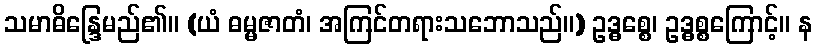
သမာဓိန္ဒြေမည်၏။ (ယံ ဓမ္မဇာတံ၊ အကြင်တရားသဘောသည်။) ဥဒ္ဓစ္စေ၊ ဥဒ္ဓစ္စကြောင့်။ န